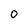
Character: 0